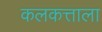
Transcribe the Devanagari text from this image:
कलकत्ताला